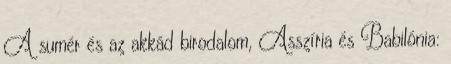
A sumér és az akkád birodalom, Asszíria és Babilónia: